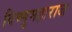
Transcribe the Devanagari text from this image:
विष्णुमहाराज